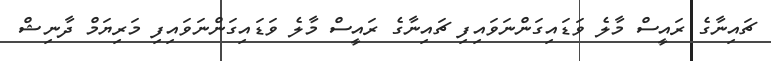
ޗައިނާގެ ރައީސް މާލެ ވަޑައިގަންނަވައިފި ޗައިނާގެ ރައީސް މާލެ ވަޑައިގަންނަވައިފި މަރިޔަމް ދާނިޝް